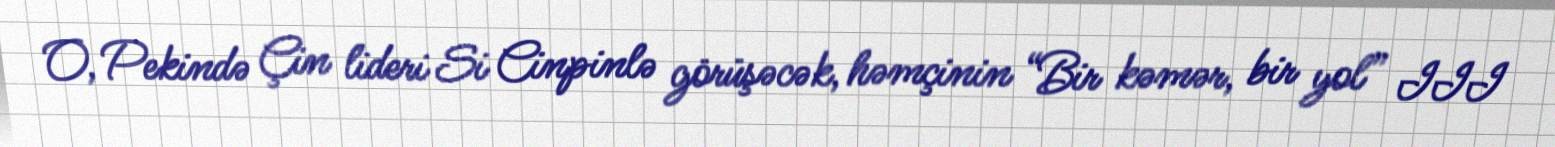
O, Pekində Çin lideri Si Cinpinlə görüşəcək, həmçinin “Bir kəmər, bir yol” III